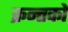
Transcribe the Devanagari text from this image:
क्रन्तकों